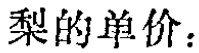
梨的单价：